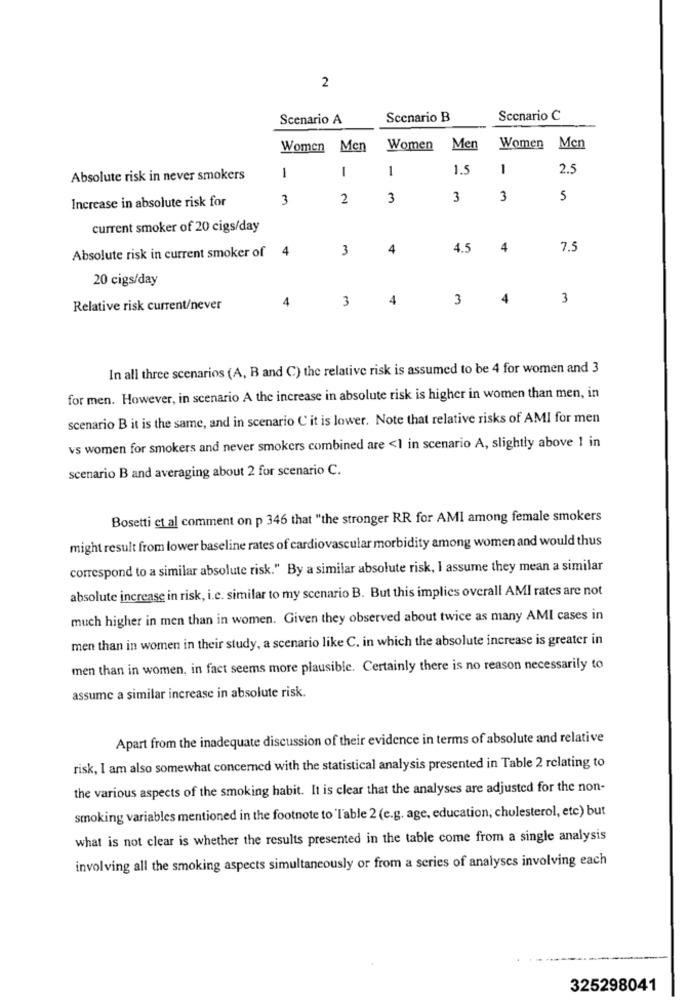
2
Scenario A
Scenario B
Scenario C
Women
Men
Women
Men
Women Men
1
1
1.5
1
2.5
Absolute risk in never smokers
1
Increase in absolute risk for
3
2
3
3
3
5
current smoker of 20 cigs/day
4
3
4
4.5
4
7.5
Absolute risk in current smoker of
20 cigs/day
4
3
4
3
4
3
Relative risk current/never
In all three scenarios (A, B and C) the relative risk is assumed to be 4 for women and 3
for men. However, in scenario A the increase in absolute risk is higher in women than men, in
scenario B it is the same, and in scenario C' it is lower. Note that relative risks of AMI for men
vs women for smokers and never smokers combined are <1 in scenario A, slightly above 1 in
scenario B and averaging about 2 for scenario C.
Bosetti et al comment on p 346 that "the stronger RR for AMI among female smokers
might result from lower baseline rates of cardiovascular morbidity among women and would thus
correspond to a similar absolute risk." By a similar absolute risk, I assume they mean a similar
absolute increase in risk, i.e. similar to my scenario B. But this implies overall AMI rates are not
much higher in men than in women. Given they observed about twice as many AMI cases in
men than in women in their study, a scenario like C. in which the absolute increase is greater in
men than in women, in fact seems more plausible. Certainly there is no reason necessarily to
assume a similar increase in absolute risk.
Apart from the inadequate discussion of their evidence in terms of absolute and relative
risk, I am also somewhat concerned with the statistical analysis presented in Table 2 relating to
the various aspects of the smoking habit. It is clear that the analyses are adjusted for the non-
smoking variables mentioned in the footnote to 'Table 2 (e.g. age, education, cholesterol, etc) but
what is not clear is whether the results presented in the table come from a single analysis
involving all the smoking aspects simultaneously or from a series of analyses involving each
325298041